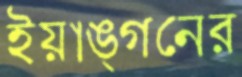
ইয়াঙ্গনের